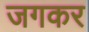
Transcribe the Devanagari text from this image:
जगकर